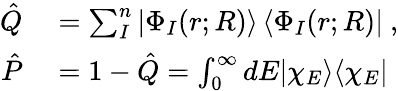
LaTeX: \begin{array}{rl}{\hat{Q}}&{{}=\sum_{I}^{n}|\Phi_{I}(r;R)\rangle\, \langle\Phi_{I}(r;R)|~,}\\ {\hat{P}}&{{}=1-\hat{Q}=\int_{0}^{\infty}dE|\chi_{E}\rangle\langle\chi_{E}|}\end{array}